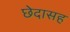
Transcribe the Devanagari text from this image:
छेदासह